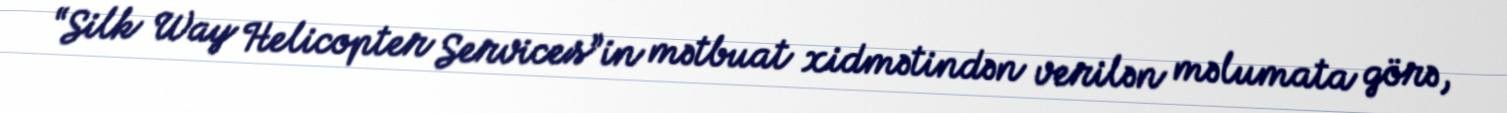
“Silk Way Helicopter Services”in mətbuat xidmətindən verilən məlumata görə,